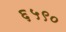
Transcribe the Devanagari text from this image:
६५९०